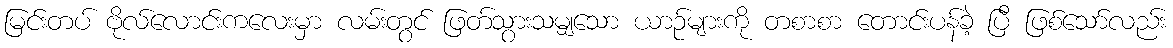
မြင်းတပ် ဗိုလ်လောင်းကလေးမှာ လမ်းတွင် ဖြတ်သွားသမျှသော ယာဉ်များကို တစာစာ တောင်းပန်ခဲ့ ပြီ ဖြစ်သော်လည်း